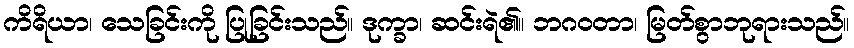
ကိရိယာ၊ သေခြင်းကို ပြုခြင်းသည်။ ဒုက္ခာ၊ ဆင်းရဲ၏။ ဘဂဝတာ၊ မြတ်စွာဘုရားသည်။